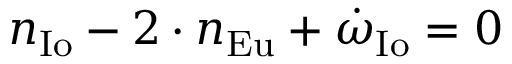
n _ { \mathrm { { I o } } } - 2 \cdot n _ { \mathrm { { E u } } } + { \dot { \omega } } _ { \mathrm { { I o } } } = 0